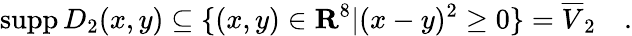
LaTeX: \mathrm{supp}\, D_{2}(x,y)\subseteq\{ (x,y)\in{\mathbf{R}}^{8}|(x-y)^{2}\geq 0\} =\overline{{{V}}}_{2}\quad.